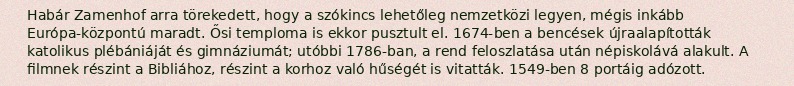
Habár Zamenhof arra törekedett, hogy a szókincs lehetőleg nemzetközi legyen, mégis inkább Európa-központú maradt. Ősi temploma is ekkor pusztult el. 1674-ben a bencések újraalapították katolikus plébániáját és gimnáziumát; utóbbi 1786-ban, a rend feloszlatása után népiskolává alakult. A filmnek részint a Bibliához, részint a korhoz való hűségét is vitatták. 1549-ben 8 portáig adózott.